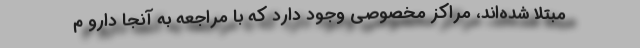
مبتلا شده‌اند، مراکز مخصوصی وجود دارد که با مراجعه به آنجا دارو م